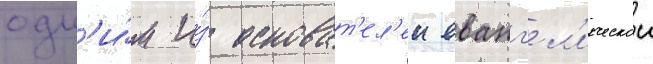
одн'и́м и́з основат'ел'еи еванг'ел'ическои